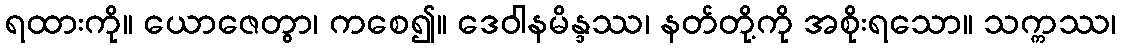
ရထားကို။ ယောဇေတွာ၊ ကစေ၍။ ဒေဝါနမိန္ဒဿ၊ နတ်တို့ကို အစိုးရသော။ သက္ကဿ၊